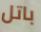
باتل